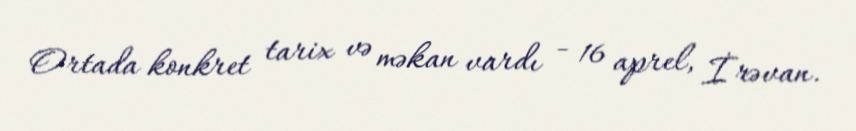
Ortada konkret tarix və məkan vardı - 16 aprel, İrəvan.